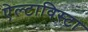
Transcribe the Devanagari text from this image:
ऐल्टाविस्टा